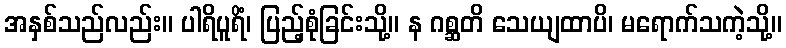
အနှစ်သည်လည်း။ ပါရိပူရိံ၊ ပြည့်စုံခြင်းသို့။ န ဂစ္ဆတိ သေယျထာပိ၊ မရောက်သကဲ့သို့။